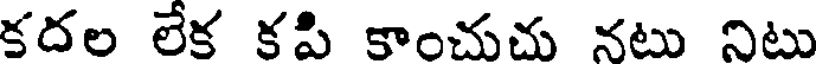
కదల లేక కపి కాంచుచు నటు నిటు